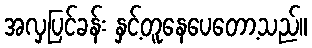
အလှပြင်ခန်း နှင့်တူနေပေတော့သည်။